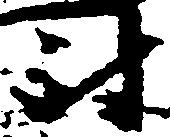
尉